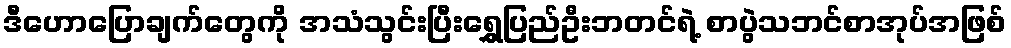
ဒီဟောပြောချက်တွေကို အသံသွင်းပြီးရွှေပြည်ဦးဘတင်ရဲ့ စာပွဲသဘင်စာအုပ်အဖြစ်